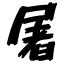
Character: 屠